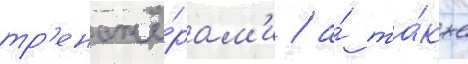
тр'енажё́рам'и / а́ та́кже